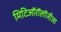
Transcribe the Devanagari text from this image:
मिटिऑरॉलॉजीआ